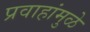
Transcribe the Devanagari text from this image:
प्रवाहांमुळे